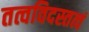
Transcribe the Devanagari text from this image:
तत्वविदस्तत्वं